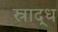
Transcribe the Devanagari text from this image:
स्राद्ध